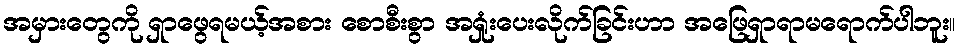
အမှားတွေကို ရှာဖွေရမယ့်အစား စောစီးစွာ အရှုံးပေးလိုက်ခြင်းဟာ အဖြေရှာရာမရောက်ပါဘူး။